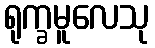
ရုက္ခမူလေသု